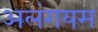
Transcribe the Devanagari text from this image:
अलंगयम